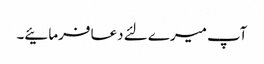
آپ میرے لئے دعا فرمائیے۔